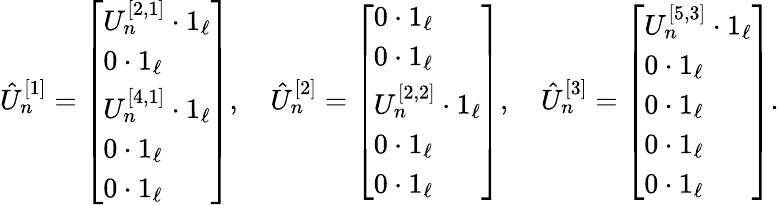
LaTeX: \begin{array}{r}{\hat{U}_{n}^{[1]}=\left[\begin{array}{l}{U_{n}^{[2,1]}\cdot 1_{\ell}}\\ {0\cdot 1_{\ell}}\\ {U_{n}^{[4,1]}\cdot 1_{\ell}}\\ {0\cdot 1_{\ell}}\\ {0\cdot 1_{\ell}}\end{array}\right],\quad\hat{U}_{n}^{[2]}=\left[\begin{array}{l}{0\cdot 1_{\ell}}\\ {0\cdot 1_{\ell}}\\ {U_{n}^{[2,2]}\cdot 1_{\ell}}\\ {0\cdot 1_{\ell}}\\ {0\cdot 1_{\ell}}\end{array}\right],\quad\hat{U}_{n}^{[3]}=\left[\begin{array}{l}{U_{n}^{[5,3]}\cdot 1_{\ell}}\\ {0\cdot 1_{\ell}}\\ {0\cdot 1_{\ell}}\\ {0\cdot 1_{\ell}}\\ {0\cdot 1_{\ell}}\end{array}\right].}\end{array}